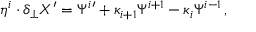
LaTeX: \eta ^ { i } \cdot \delta _ { \perp } X ^ { \prime } = \Psi ^ { i } { } ^ { \prime } + \kappa _ { i + 1 } \Psi ^ { i + 1 } - \kappa _ { i } \Psi ^ { i - 1 } \, ,